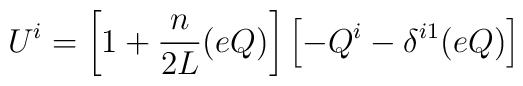
U^{i} =      \left[1+\frac{n}{2L}(eQ)\right]      \left[-Q^{i} - \delta^{i1}(eQ)\right]